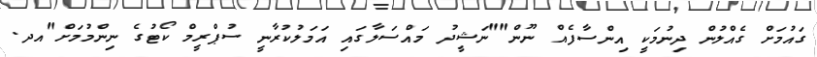
ގައުމަށް ގެއްލުން ދިނުމަކީ އިންސާފެއް ނޫން""ނަޝީދު މައްސަލާގައި އަމަލުކުރާނީ ސުޕްރީމް ކޯޓުގެ ނިންމުމަށް"އދ.